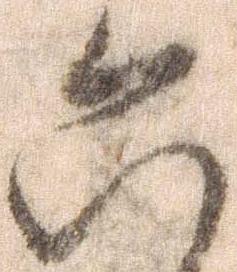
六